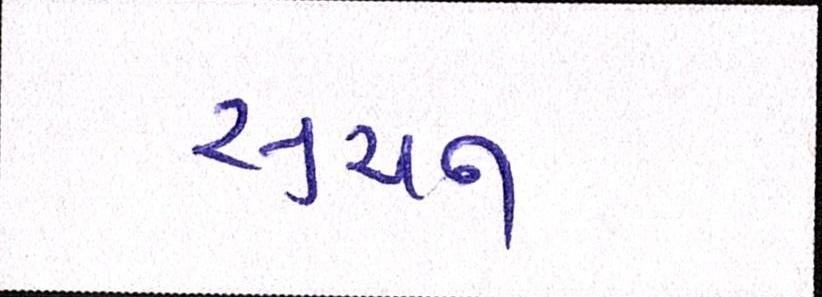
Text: સુચન